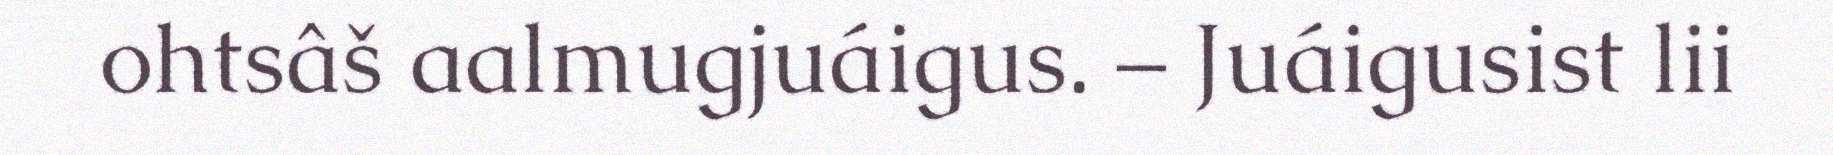
ohtsâš aalmugjuáigus. – Juáigusist lii